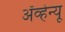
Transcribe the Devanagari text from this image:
अँव्हेन्यू